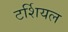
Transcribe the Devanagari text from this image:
टर्शियल